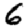
Digit: 6